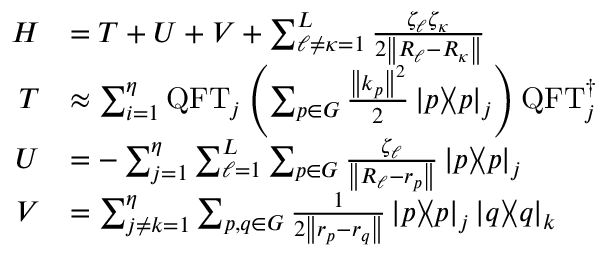
\begin{array} { r l } { H } & { = T + U + V + \sum _ { \ell \neq \kappa = 1 } ^ { L } \frac { \zeta _ { \ell } \zeta _ { \kappa } } { 2 \left\| R _ { \ell } - R _ { \kappa } \right\| } } \\ { T } & { \approx \sum _ { i = 1 } ^ { \eta } \mathrm { Q F T } _ { j } \left( \sum _ { p \in G } \frac { \left\| k _ { p } \right\| ^ { 2 } } { 2 } \mathinner { | { p } \rangle } \! \! \mathinner { \langle { p } | } _ { j } \right) \mathrm { Q F T } _ { j } ^ { \dagger } } \\ { U } & { = - \sum _ { j = 1 } ^ { \eta } \sum _ { \ell = 1 } ^ { L } \sum _ { p \in G } \frac { \zeta _ { \ell } } { \left\| R _ { \ell } - r _ { p } \right\| } \mathinner { | { p } \rangle } \! \! \mathinner { \langle { p } | } _ { j } } \\ { V } & { = \sum _ { j \neq k = 1 } ^ { \eta } \sum _ { p , q \in G } \frac { 1 } { 2 \left\| r _ { p } - r _ { q } \right\| } \mathinner { | { p } \rangle } \! \! \mathinner { \langle { p } | } _ { j } \mathinner { | { q } \rangle } \! \! \mathinner { \langle { q } | } _ { k } } \end{array}